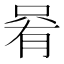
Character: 𫪩